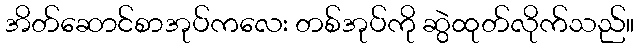
အိတ်ဆောင်စာအုပ်ကလေး တစ်အုပ်ကို ဆွဲထုတ်လိုက်သည်။